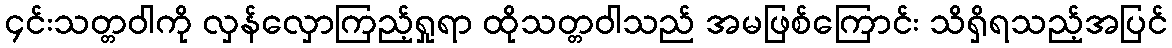
၄င်းသတ္တဝါကို လှန်လှောကြည့်ရှုရာ ထိုသတ္တဝါသည် အမဖြစ်ကြောင်း သိရှိရသည့်အပြင်